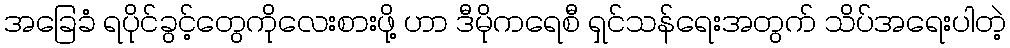
အခြေခံ ရပိုင်ခွင့်တွေကိုလေးစားဖို့ ဟာ ဒီမိုကရေစီ ရှင်သန်ရေးအတွက် သိပ်အရေးပါတဲ့